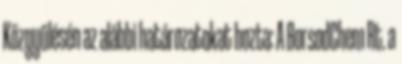
Közgyűlésén az alábbi határozatokat hozta: A BorsodChem Rt. a